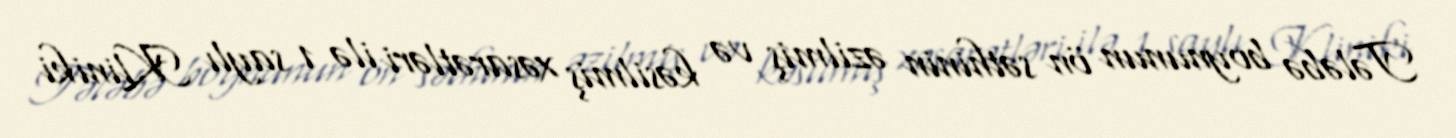
Tələbə boynunun ön səthinin əzilmiş və kəsilmiş xəsarətləri ilə 1 saylı Kliniki